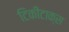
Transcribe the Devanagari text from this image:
टिकीटाक्स